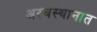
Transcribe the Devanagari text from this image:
अरबस्थानात